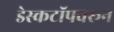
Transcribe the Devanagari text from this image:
डेस्कटॉपवरून